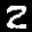
Label: 2